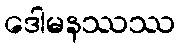
ဒေါမနဿဿ